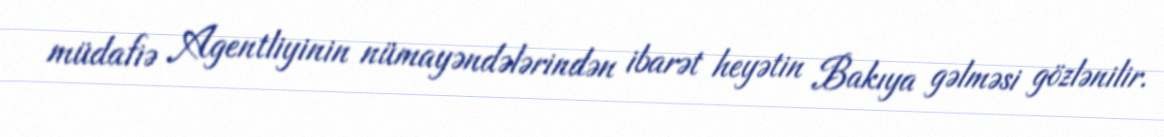
müdafiə Agentliyinin nümayəndələrindən ibarət heyətin Bakıya gəlməsi gözlənilir.